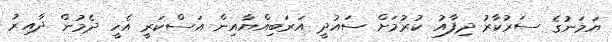
ޔަމަނުގެ ސަރުކާރު ދިފާއު ކުރުމަށް ސައުދީ އަރަބިއްޔާއިން އަސްކަރީ އެހީ ދެމުން ދާއިރު